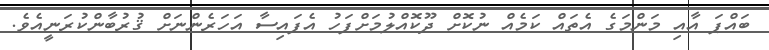
ބައްޕަ އާއި މަންމަގެ އެތައް ކަމެއް ނުކޮށް ދޫކޮއްލުމަށްފަހު އެފައިސާ އަހަރެންނަށް ޤުރުބާންކުރަނީއެވެ.